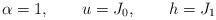
LaTeX: \begin{align*}\alpha = 1,\qquad u = J_{0},\qquad h = J_{1}\end{align*}